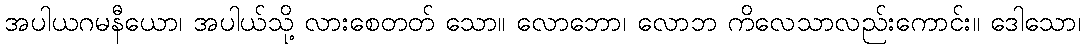
အပါယဂမနီယော၊ အပါယ်သို့ လားစေတတ် သော။ လောဘော၊ လောဘ ကိလေသာလည်းကောင်း။ ဒေါသော၊